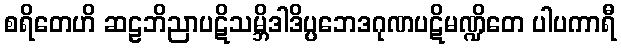
စရိတေဟိ ဆဠဘိညာပဋိသမ္ဘိဒါဒိပ္ပဘေဒဂုဏပဋိမဏ္ဍိတေ ပါပကာရီ